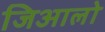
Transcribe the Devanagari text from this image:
जिआलो